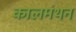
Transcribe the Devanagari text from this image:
कालमंथन